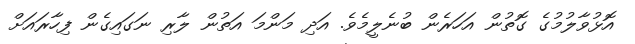
އޮޅުވާލުމުގެ ގޮތުން އަހަރެން ބުނެލީމެވެ. އަދި މަންމަ އަތުން ލާރި ނަގައިގެން ފިހާރައަށް